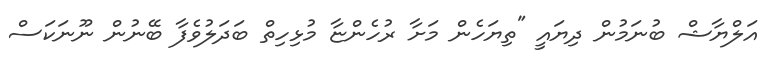
އަލްޔާޝް ބުނަމުން ދިޔައީ "ތިޔަހެން މަށާ ރުހެންޏާ މުޅިހިތް ބަދަލުވެފާ ބޭނުން ނޫނަކަސް